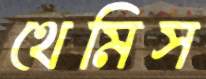
থেমিস